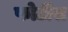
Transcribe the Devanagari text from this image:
फोर्टीस